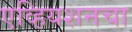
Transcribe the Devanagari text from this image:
एव्हियशनचा